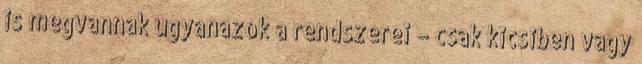
is megvannak ugyanazok a rendszerei – csak kicsiben vagy